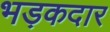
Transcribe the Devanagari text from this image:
भड़कदार